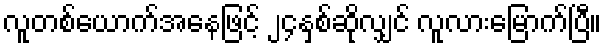
လူတစ်ယောက်အနေဖြင့် ၂၄နှစ်ဆိုလျှင် လူလားမြောက်ပြီ။